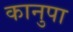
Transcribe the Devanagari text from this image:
कानुपा